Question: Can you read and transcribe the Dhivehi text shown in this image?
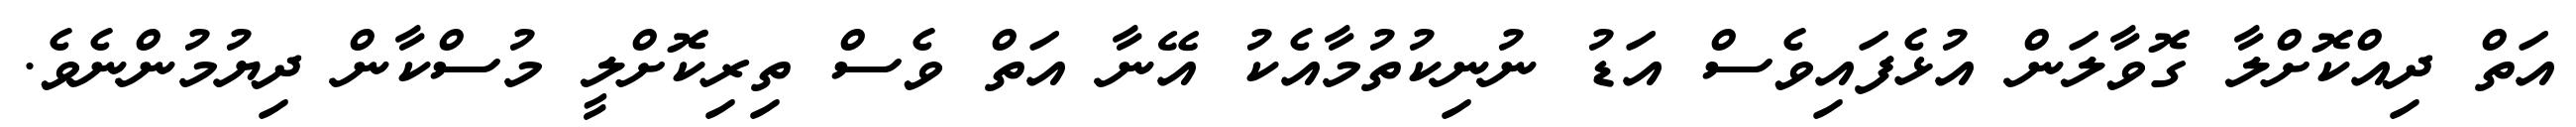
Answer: އަތް ދިއްކޮށްލާ ގޮވާލަން އުޅެފައިވެސް އަޑު ނުނިކުތުމާއެކު އޭނާ އަތް ވެސް ތިރިކޮށްލީ މުސްކާން ދިޔުމުންނެވެ.